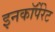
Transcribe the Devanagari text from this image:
इनकाॅर्पेरेट